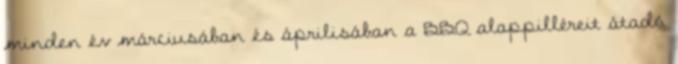
minden év márciusában és áprilisában a BBQ alappilléreit átadó